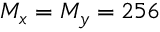
M _ { x } = M _ { y } = 2 5 6